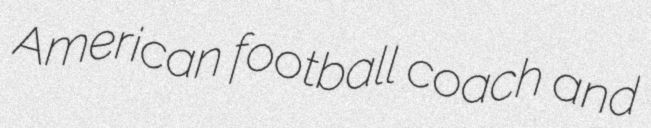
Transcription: American football coach and